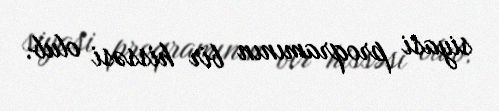
siyasi proqramının bir hissəsi olub.